Annual administration and progress report of the Indian Medical Department, Bombay
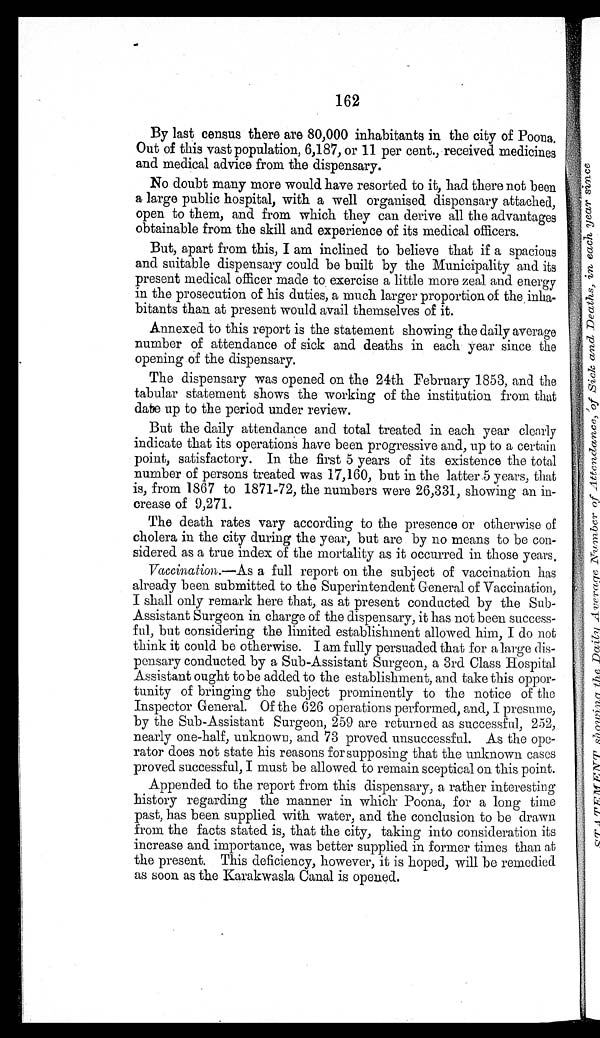
162
By last census there are 80,000 inhabitants in the city of Poona.
Out of this vast population, 6,187, or 11 per cent., received medicines
and medical advice from the dispensary.
No doubt many more would have resorted to it, had there not been
a large public hospital, with a well organised dispensary attached,
open to them, and from which they can derive all the advantages
obtainable from the skill and experience of its medical officers.
But, apart from this, I am inclined to believe that if a spacious
and suitable dispensary could be built by the Municipality and its
present medical officer made to exercise a little more zeal and energy
in the prosecution of his duties, a much larger proportion of the inha-
bitants than at present would avail themselves of it.
Annexed to this report is the statement showing the daily average
number of attendance of sick and deaths in each year since the
opening of the dispensary.
The dispensary was opened on the 24th February 1853, and the
tabular statement shows the working of the institution from that
date up to the period under review.
But the daily attendance and total treated in each year clearly
indicate that its operations have been progressive and, up to a certain
point, satisfactory. In the first 5 years of its existence the total
number of persons treated was 17,160, but in the latter 5 years, that
is, from 1867 to 1871-72, the numbers were 26,331, showing an in-
crease of 9,271.
The death rates vary according to the presence or otherwise of
cholera in the city during the year, but are by no means to be con-
sidered as a true index of the mortality as it occurred in those years.
Vaccination.—As a full report on the subject of vaccination has
already been submitted to the Superintendent General of Vaccination,
I shall only remark here that, as at present conducted by the Sub-
Assistant Surgeon in charge of the dispensary, it has not been success-
ful, but considering the limited establishment allowed him, I do not
think it could be otherwise. I am fully persuaded that for a large dis-
pensary conducted by a Sub-Assistant Surgeon, a 3rd Class Hospital
Assistant ought to be added to the establishment, and take this oppor-
tunity of bringing the subject prominently to the notice of the
Inspector General. Of the 626 operations performed, and, I presume,
by the Sub-Assistant Surgeon, 259 are returned as successful, 252,
nearly one-half, unknown, and 73 proved unsuccessful. As the ope-
rator does not state his reasons for supposing that the unknown cases
proved successful, I must be allowed to remain sceptical on this point.
Appended to the report from this dispensary, a rather interesting
history regarding the manner in which Poona, for a long time
past, has been supplied with water, and the conclusion to be drawn
from the facts stated is, that the city, taking into consideration its
increase and importance, was better supplied in former times than at
the present. This deficiency, however, it is hoped, will be remedied
as soon as the Karakwasla Canal is opened.